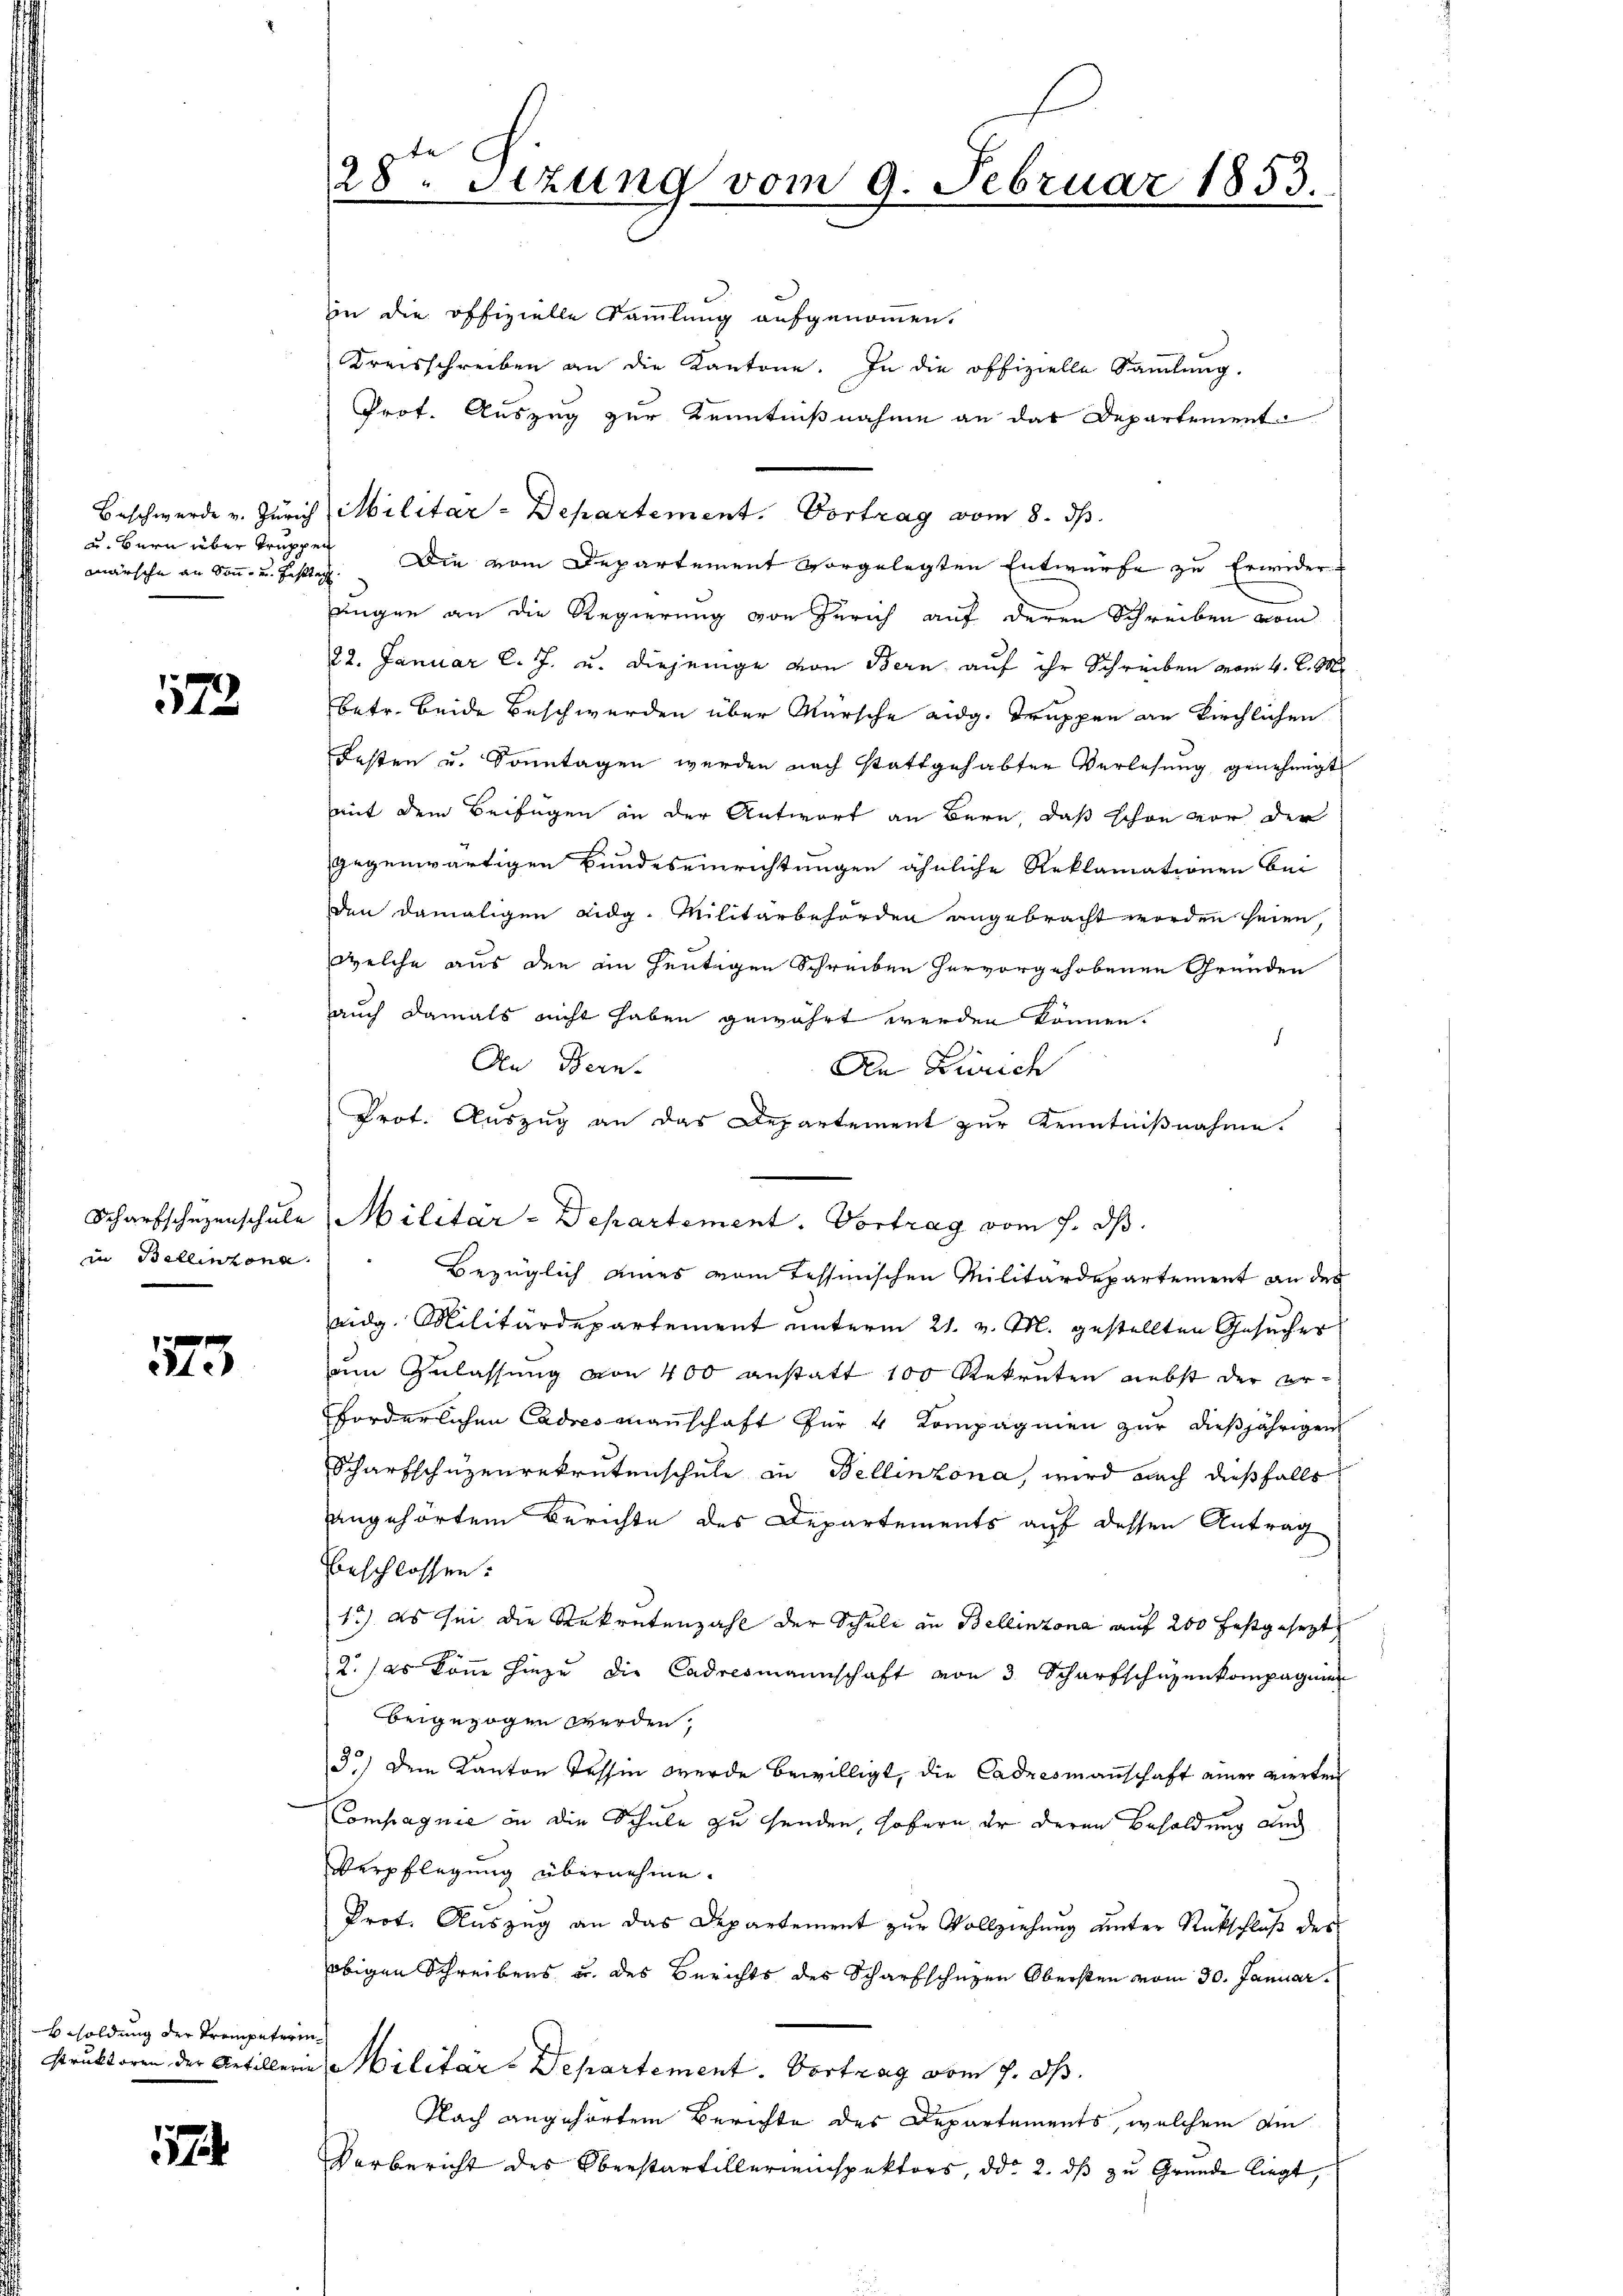
märsche an Sonn- und Festtag.

1173

in Bellinzona

x
ete

Besoldung der Trompeterin

17

28 Sezung vom 9. Februar 1853.

in die offizielle Sammlung aufgenommen.
Kreisschreiben an die Kantone. In die offizielle Sammlung.
Prof. Auszug zur Kenntnißnahme an das Departement
u. Bern über Truppen Die vom Departement vorgelegten Entwürfe zu Erwider-
.
ungen an die Regierung von Zürich auf deren Schreiben vom
22. Januar l. J. u. diejenige von Bern auf ihr Schreiben vom 4. d. M.
betr. beide Beschwerden über Märsche eidg. Truppen an Kirchlichen
Festen u. Sonntagen werden nach stattgehabten Verlesung genehmigt
mit dem Beifügen in der Antwort an Bern, daß schon vor der
gegenwärtigen Bundeseinrichtungen ähnliche Reklamationen bei
den damaligen Lidg. Militärbehörden angebracht worden seien,
welche aus den in heutigen Schreiben hervorgehobenen Gründen
auch damals nicht haben gewährt werden können.
An Bern.
An Zürich
Prot. Auszug an das Departement zur Kenntnißnahme.
Scharfschüzenschŭle Militär-Departement. Vortrag vom 7. dβ.
Bezüglich eines vom Tessinischen Militärdepartement an des
eidg. Militärdepartement unterm 21. v. M. gestellten Gesŭcher
zum Zulassung von 400 anstatt 100 Rekruten nebst der erforderlichen Cadres manschaft für 4 Kompagnien zur dießjährigen
Scharfschüzenrekrutenschule in Bellinzona, wird nach dießfalls
angehörtem Berichte des Departements auf dessen Antrag
beschlossen:
12) es sei die Rekretenzahl der Schule in Bellinzona auf 200 festgesezt
2.) es könne hiezu die Cadresmannschaft von 3 Scharfschüzenkompagnier
beigezogen werden,
3.) Dem Kanton Tessin werde bewilligt, die Cadresmannschaft einer vierten
Compagnie in die Schule zu senden, sofern er deren Besoldung und
Verpflegung übernehme.
Prot. Auszug an das Departement zur Vollziehung unter Rückschluß des
obigen Schreibens u. des Berichts des Scharfschüzen Obersten vom 30. Januar.
struktoren der Artillerin Militär-Departement. Vortrag vom 7. ds.
Nach angehörtem Berichte des Departements, welchem Am
Vorbericht des Oberstartillereinspektors, ddo 2. ds zu Grunde liegt,

Beschwerde u. Zürich Militar-Departement. Vortrag vom 8. ds.